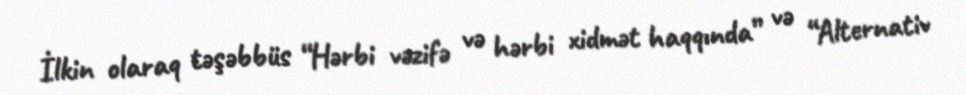
İlkin olaraq təşəbbüs “Hərbi vəzifə və hərbi xidmət haqqında” və “Alternativ